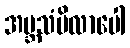
အဗ္ဘသံဗိလာပေါ